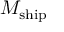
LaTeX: M _ { \mathrm { s h i p } }